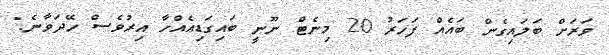
ވަރަށް ބަލައިގެން ބައެއް ފަހަރު 20 މިނެޓް ނޫނީ ބައިގަޑިއެއްހާ އިރުވެސް ހޭދަވާނެ."